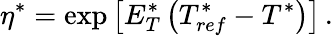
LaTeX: \eta^{*}=\exp{\left[E_{T}^{*}\left(T_{ref}^{*}-T^{*}\right)\right]}\, .